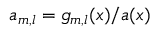
{ a } _ { m , l } = g _ { m , l } ( x ) / a ( x )